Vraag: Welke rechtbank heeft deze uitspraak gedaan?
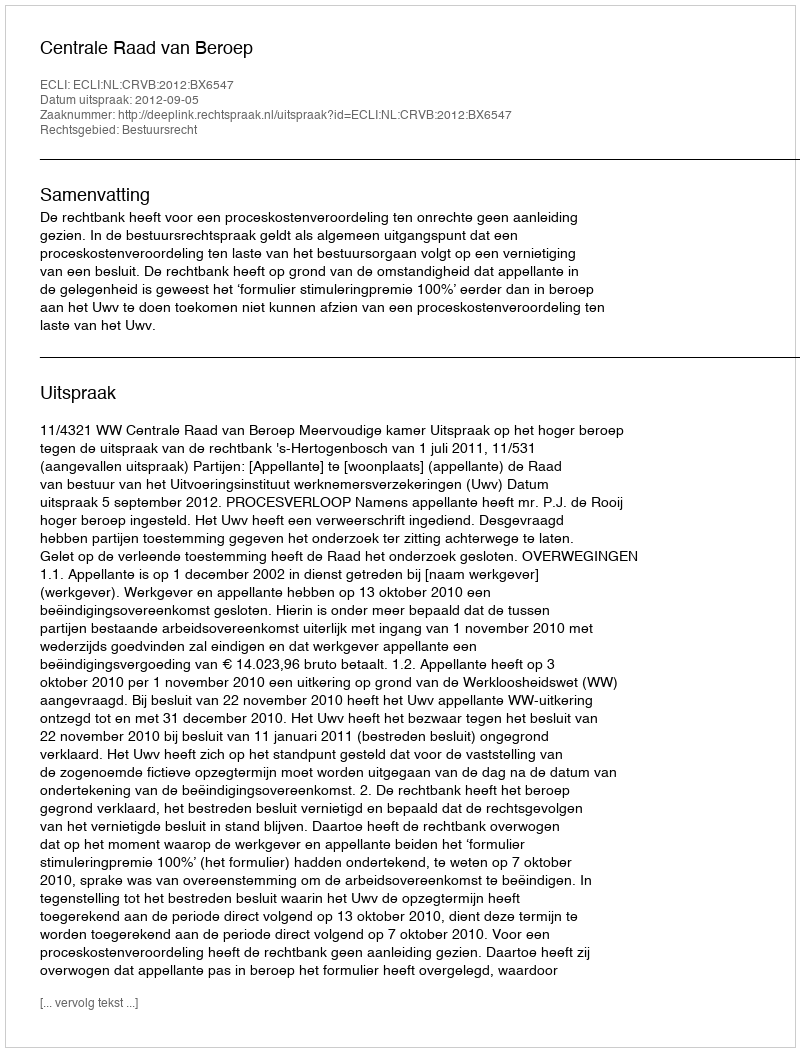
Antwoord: Centrale Raad van Beroep